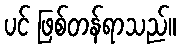
ပင် ဖြစ်တန်ရာသည်။